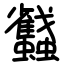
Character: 蠽